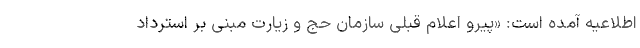
اطلاعیه آمده است: «پیرو اعلام قبلی سازمان حج و زیارت مبنی بر استرداد